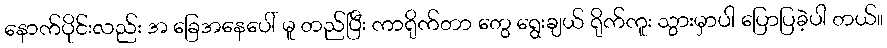
နောက်ပိုင်းလည်း အ ခြေအနေပေါ် မူ တည်ပြီး ကာရိုက်တာ တွေ ရွေးချယ် ရိုက်ကူး သွားမှာပါ ပြောပြခဲ့ပါ တယ်။